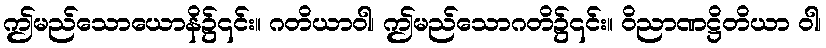
ဤမည်သောယောနိ၌၎င်း။ ဂတိယာဝါ၊ ဤမည်သောဂတိ၌၎င်း။ ဝိညာဏဋ္ဌိတိယာ ဝါ၊